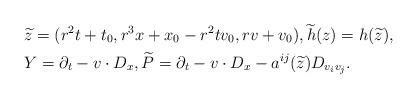
LaTeX: \begin{align*} &\widetilde z = (r^2 t + t_0, r^3 x + x_0 - r^2 t v_0, r v + v_0),\widetilde h (z) = h (\widetilde z),\\ & Y = \partial_t - v \cdot D_x, \widetilde P = \partial_t - v \cdot D_x - a^{ij} (\widetilde z) D_{ v_i v_j }.\end{align*}